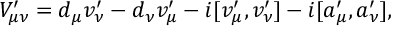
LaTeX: { \cal V } _ { \mu \nu } ^ { \prime } = d _ { \mu } v _ { \nu } ^ { \prime } - d _ { \nu } v _ { \mu } ^ { \prime } - i [ v _ { \mu } ^ { \prime } , v _ { \nu } ^ { \prime } ] - i [ a _ { \mu } ^ { \prime } , a _ { \nu } ^ { \prime } ] ,